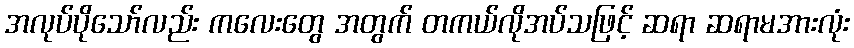
အလုပ်ပိုသော်လည်း ကလေးတွေ အတွက် တကယ်လိုအပ်သဖြင့် ဆရာ ဆရာမအားလုံး